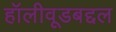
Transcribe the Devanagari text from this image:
हॉलीवूडबद्दल